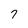
Character: 7